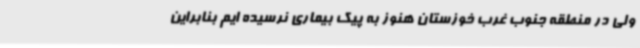
ولی در منطقه جنوب غرب خوزستان هنوز به پیک بیماری نرسیده ایم بنابراین